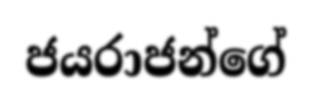
ජයරාජන්ගේ